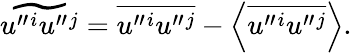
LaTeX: \widetilde{u^{\prime\prime}{}^{i}u^{\prime\prime}{}^{j}}=\overline{{u^{\prime\prime}{}^{i}u^{\prime\prime}{}^{j}}}-\left\langle{\overline{{u^{\prime\prime}{}^{i}u^{\prime\prime}{}^{j}}}}\right\rangle.